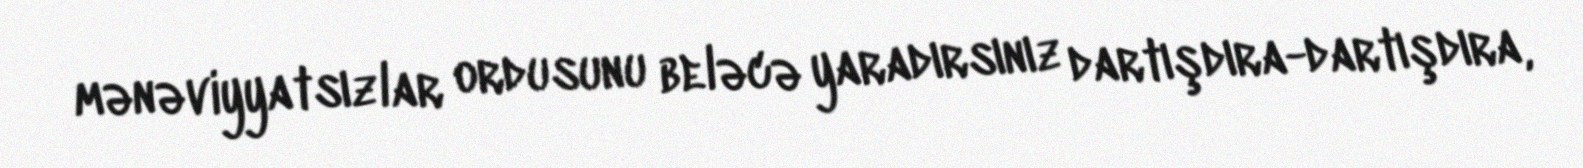
mənəviyyatsızlar ordusunu beləcə yaradırsınız dartışdıra-dartışdıra,